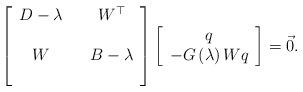
LaTeX: \begin{align*}\left[\begin{array}{cccc}D-\lambda & & W^{\top}\\\\W & & B-\lambda\\\\\end{array}\right]\left[\begin{array}{c}q\\-G\left(\lambda\right)Wq\end{array}\right]=\vec{0}.\end{align*}